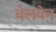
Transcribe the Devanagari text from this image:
बेलवेन